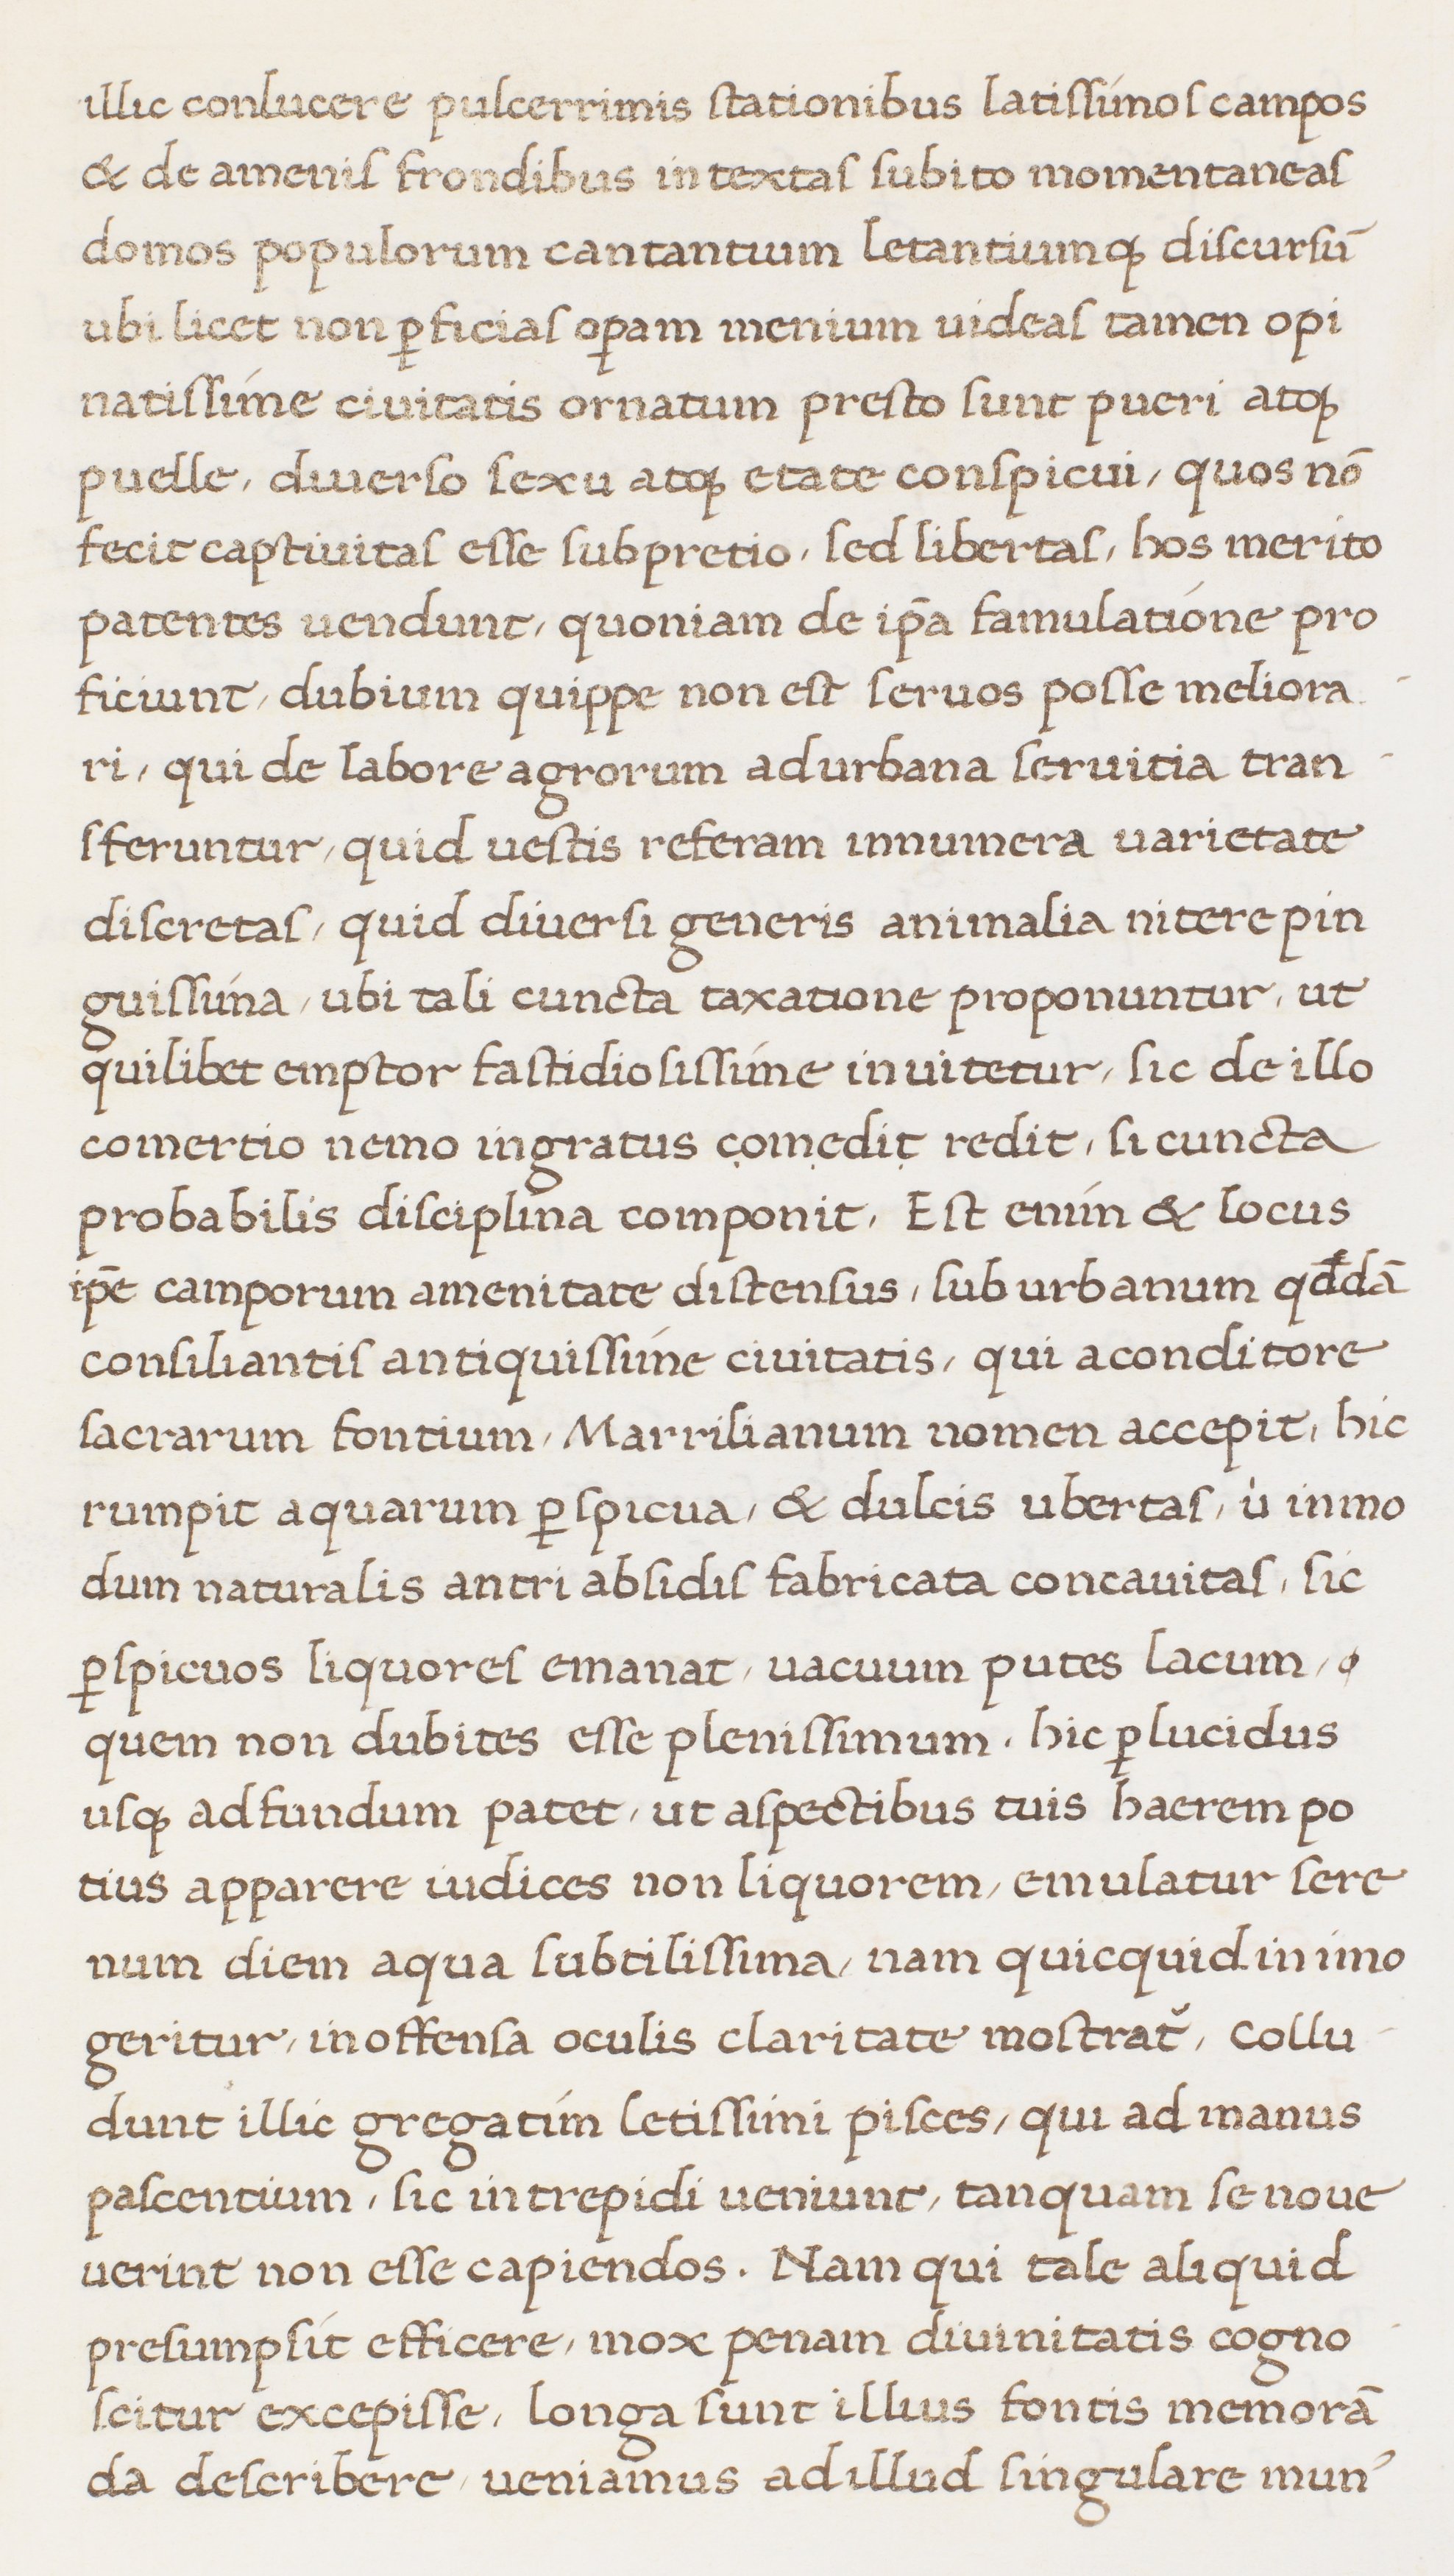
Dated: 1513–1521